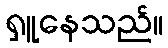
ရှူနေသည်။